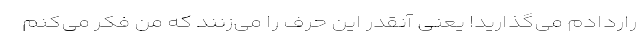
راردادم می‌گذارید! یعنی آنقدر این حرف را می‌زنند که من فکر می‌کنم